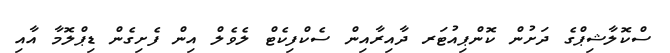
ސްކޮލާޝިޕްގެ ދަށުން ކޮންޕިއުޓަރ ދާއިރާއިން ސެކްފިކެޓް ލެވެލް އިން ފެށިގެން ޑިޕްލޮމާ އާއި